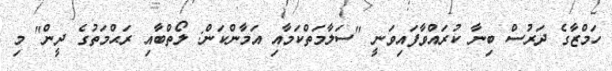
ހަމްޒާގެ ދަރުސް ބިނާ ކުރައްވާފައިވަނީ "ސަލާމަތްކަމާއި އަމާންކަން: ލޯތްބާއި ރަޙްމަތުގެ ދީން" މި